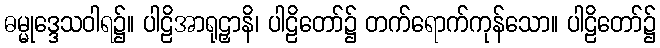
ဓမ္မုဒ္ဒေသဝါရ၌။ ပါဠိအာရုဠှာနိ၊ ပါဠိတော်၌ တက်ရောက်ကုန်သော။ ပါဠိတော်၌